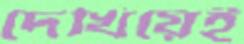
দেখিয়েই